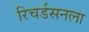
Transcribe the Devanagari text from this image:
रिचर्डसनला